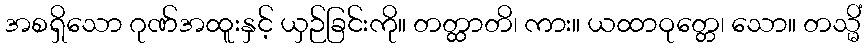
အစရှိသော ဂုဏ်အထူးနှင့် ယှဉ်ခြင်းကို။ တတ္ထာတိ၊ ကား။ ယထာဝုတ္တေ၊ သော။ တသ္မိံ